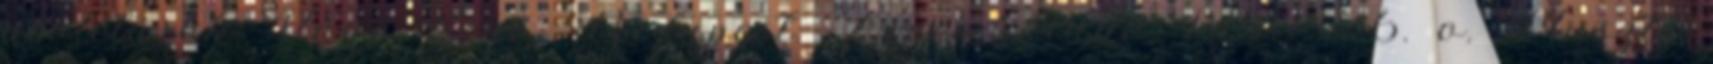
proletárok Vágó Ernő. Budapest: Zeneműkiadó. 1960. 76. o. Muszty